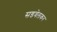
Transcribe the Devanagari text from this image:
सडवेलकर